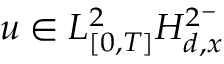
u \in L _ { [ 0 , T ] } ^ { 2 } H _ { d , x } ^ { 2 ^ { - } }